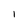
Character: 1